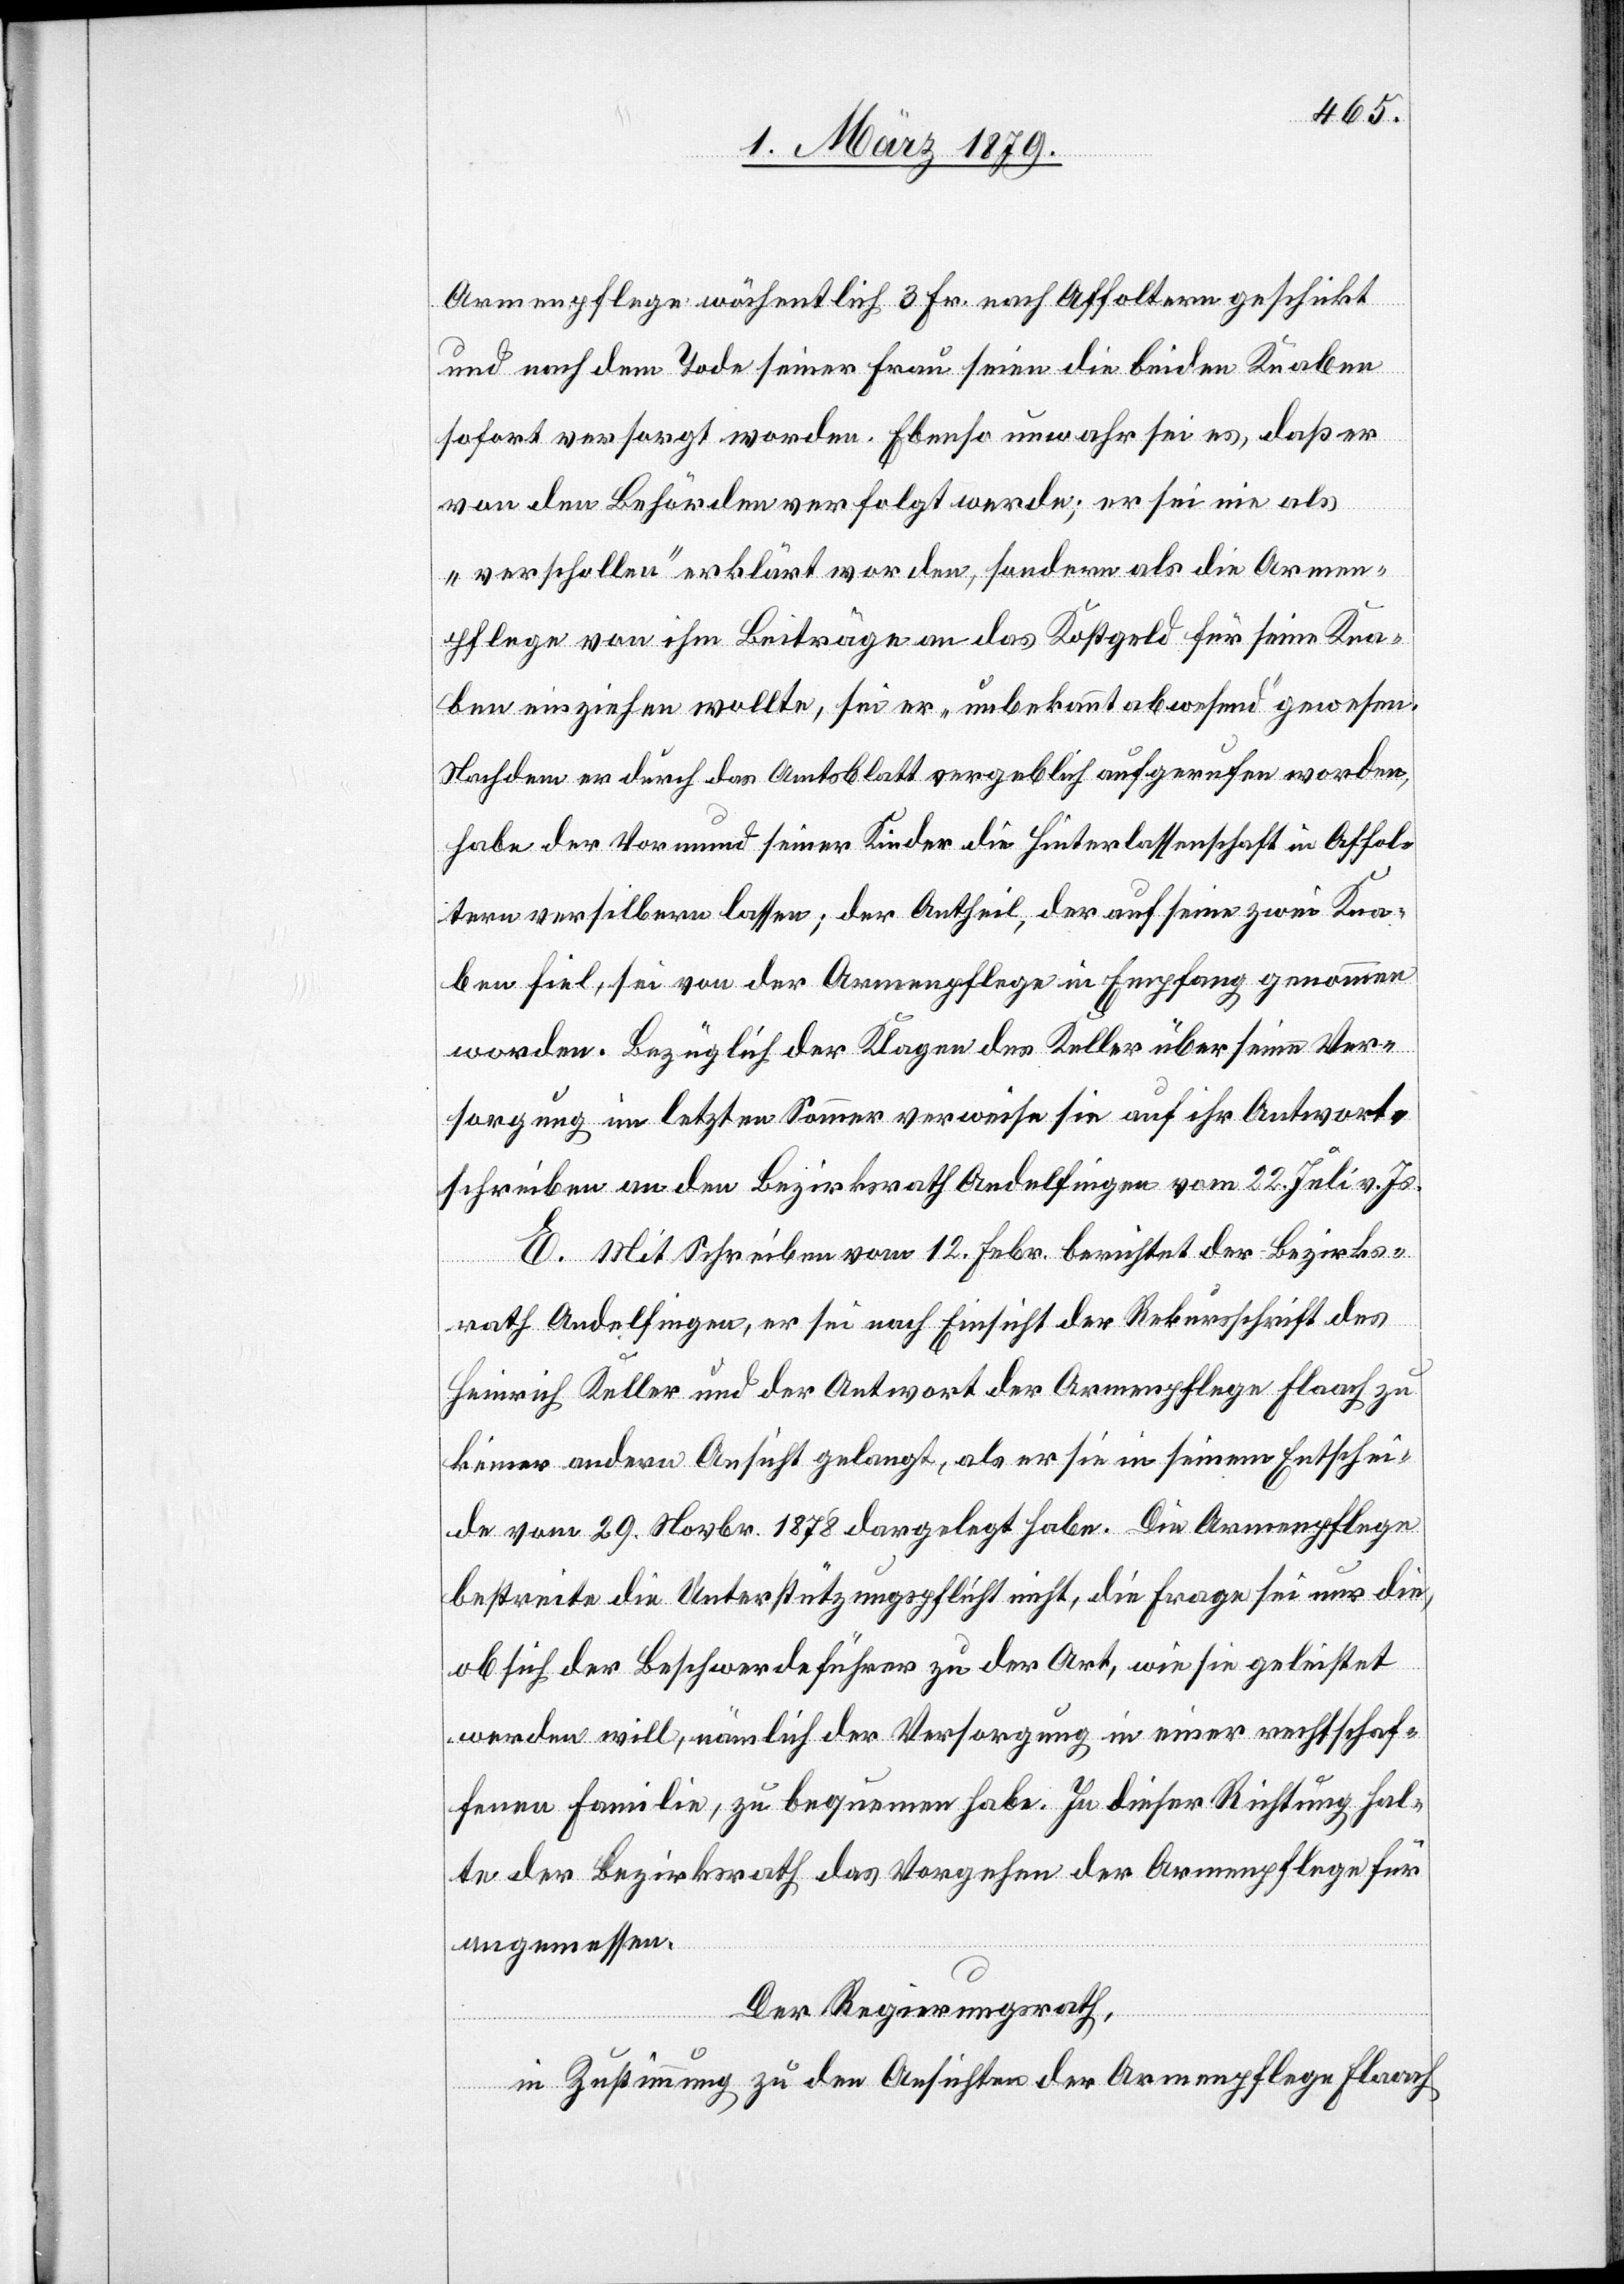
Armenpflege wöchentlich 3 Fr. nach Affoltern geschickt
und nach dem Tode seiner Frau seien die beiden Knaben
sofort versorgt worden. Ebenso unwahr sei es, daß er
von den Behörden verfolgt werde; er sei nie als
„verschollen“ erklärt worden, sondern als die Armen¬
pflege von ihm Beiträge an das Kostgeld für seine Kna¬
ben einziehen wollte, sei er „unbekannt abwesend“ gewesen.
Nachdem er durch das Amtsblatt vergeblich aufgerufen worden,
habe der Vormund seiner Kinder die Hinterlassenschaft in Affol¬
tern versilbern lassen; der Antheil, der auf seine zwei Kna¬
ben fiel, sei von der Armenpflege in Empfang genommen
worden. Bezüglich der Klagen des Keller über seine Ver¬
sorgung im letzten Sommer verweise sie auf ihr Antwort¬
schreiben an den Bezirksrath Andelfingen vom 22. Juli v. Js.
E. Mit Schreiben vom 12. Febr. berichtet der Bezirks¬
rath Andelfingen, er sei nach Einsicht der Rekursschrift des
Heinrich Keller und der Antwort der Armenpflege Flaach zu
keiner andern Ansicht gelangt, als er sie in seinem Entschei¬
de vom 29. Novbr. 1878 dargelegt habe. Die Armenpflege
bestreite die Unterstützungspflicht nicht, die Frage sei nur die,
ob sich der Beschwerdeführer zu der Art, wie sie geleistet
werden will, nämlich der Versorgung in einer rechtschaf¬
fenen Familie, zu bequemen habe. In dieser Richtung hal¬
te der Bezirksrath das Vorgehen der Armenpflege für
angemessen.
Der Regierungsrath,
in Zustimmung zu den Ansichten der Armenpflege Flaach